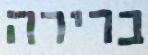
ברירה